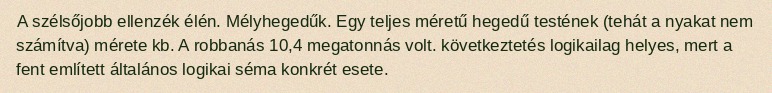
A szélsőjobb ellenzék élén. Mélyhegedűk. Egy teljes méretű hegedű testének (tehát a nyakat nem számítva) mérete kb. A robbanás 10,4 megatonnás volt. következtetés logikailag helyes, mert a fent említett általános logikai séma konkrét esete.